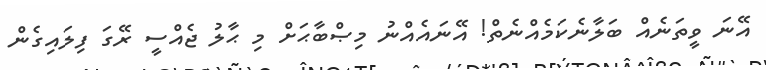
އޭނަ ވީތަނެއް ބަލާނެކަމެއްނެތް! އޭނައެއްނު މިޞްބާޙަށް މި ޙާލު ޖެއްސީ ރޭގަ ފިލައިގެން